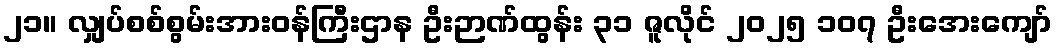
၂၁။ လျှပ်စစ်စွမ်းအားဝန်ကြီးဌာန ဦးဉာဏ်ထွန်း ၃၁ ဇူလိုင် ၂၀၂၅ ၁၀၇ ဦးအေးကျော်